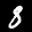
Label: 8